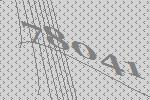
78041